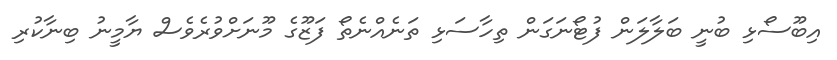
އިބޫސޯޅި ބުނީ ބަލާލަން ފުޓޯނަގަން ތިހާސަޅި ތަނެއްނެތޯ ފަޒޫގެ މޫނަށްވުރެވެސް ޔާމީނު ބިނާކުރި